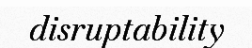
disruptability